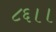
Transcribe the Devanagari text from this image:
८६।।